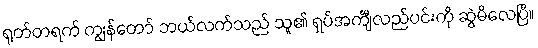
ရုတ်တရက် ကျွန်တော် ဘယ်လက်သည် သူ၏ ရှပ်အင်္ကျီလည်ပင်းကို ဆွဲမိလေပြီ။